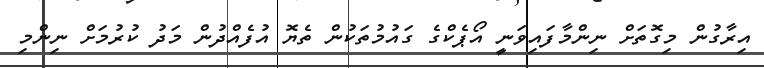
އިރާގުން މިގޮތަށް ނިންމާފައިވަނީ އޯޕެކްގެ ގައުމުތަކުން ތެޔޮ އުފެއްދުން މަދު ކުރުމަށް ނިންމި